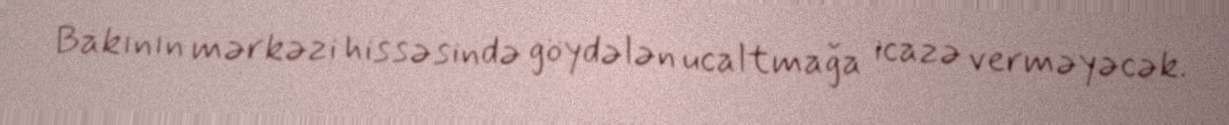
Bakının mərkəzi hissəsində göydələn ucaltmağa icazə verməyəcək.